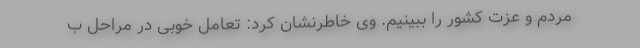
مردم و عزت کشور را ببینیم. وی خاطرنشان کرد: تعامل خوبی در مراحل ب